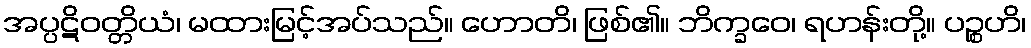
အပ္ပဋိဝတ္တိယံ၊ မထားမြင့်အပ်သည်။ ဟောတိ၊ ဖြစ်၏။ ဘိက္ခဝေ၊ ရဟန်းတို့။ ပဉ္စဟိ၊